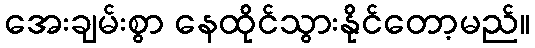
အေးချမ်းစွာ နေထိုင်သွားနိုင်တော့မည်။